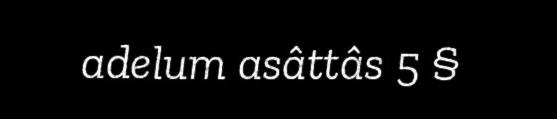
adelum asâttâs 5 §